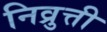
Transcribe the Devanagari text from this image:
निव्रुत्ती